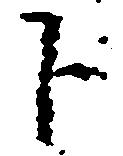
下